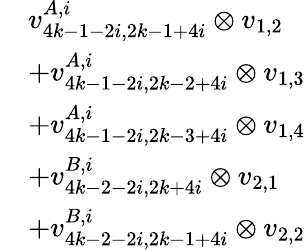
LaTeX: \begin{array}{rl}&{v_{4k-1-2i,2k-1+4i}^{A,i}\otimes v_{1,2}}\\ &{+v_{4k-1-2i,2k-2+4i}^{A,i}\otimes v_{1,3}}\\ &{+v_{4k-1-2i,2k-3+4i}^{A,i}\otimes v_{1,4}}\\ &{+v_{4k-2-2i,2k+4i}^{B,i}\otimes v_{2,1}}\\ &{+v_{4k-2-2i,2k-1+4i}^{B,i}\otimes v_{2,2}}\end{array}